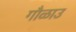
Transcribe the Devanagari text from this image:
गौळाउ